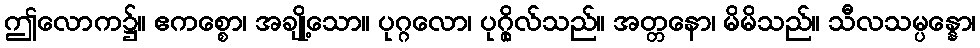
ဤလောက၌။ ဧကစ္စော၊ အချို့သော။ ပုဂ္ဂလော၊ ပုဂ္ဂိုလ်သည်။ အတ္တနော၊ မိမိသည်။ သီလသမ္ပန္နော၊